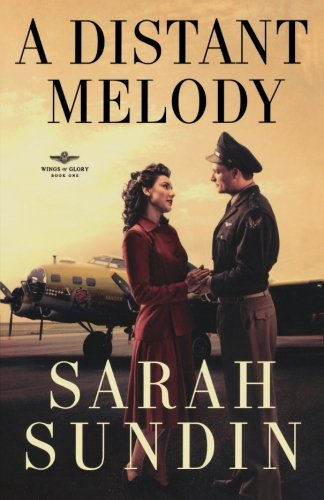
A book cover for A Distant Melody  (Wings of Glory); Sarah Sundin; Romance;